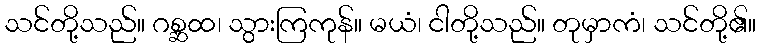
သင်တို့သည်။ ဂစ္ဆထ၊ သွားကြကုန်။ မယံ၊ ငါတို့သည်။ တုမှာကံ၊ သင်တို့၏။